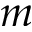
m